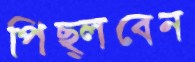
পিছ্‌লবেন